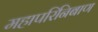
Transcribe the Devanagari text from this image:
महापरिनिबाण